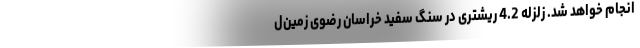
انجام خواهد شد. زلزله 4.2 ریشتری در سنگ ‌سفید خراسان رضوی ‌زمین‌ل